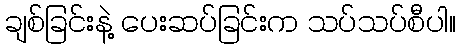
ချစ်ခြင်းနဲ့ ပေးဆပ်ခြင်းက သပ်သပ်စီပါ။